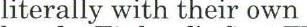
literally with their own